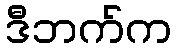
ဒီဘက်က